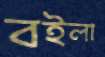
বইলা